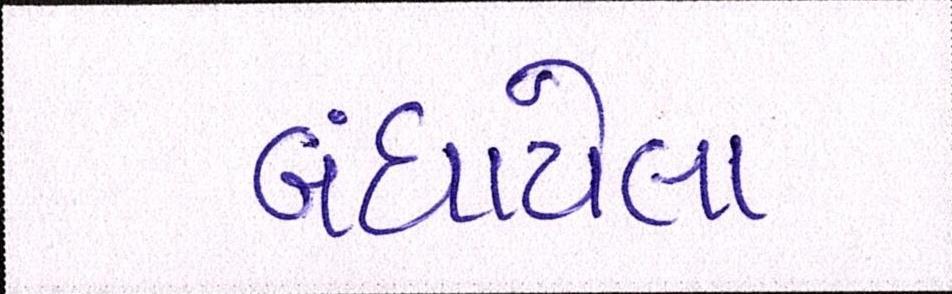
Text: બંધાયેલા